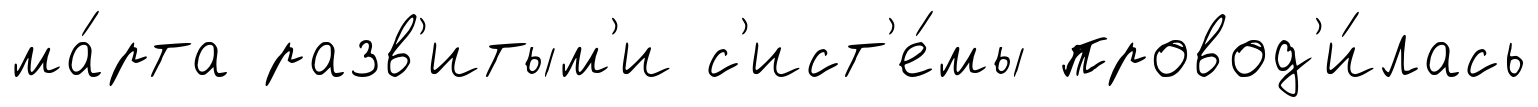
ма́рта разв'итым'и с'ист'е́мы провод'и́лась